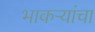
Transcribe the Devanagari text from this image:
भाकऱ्यांचा